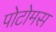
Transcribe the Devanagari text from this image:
पोटोमस